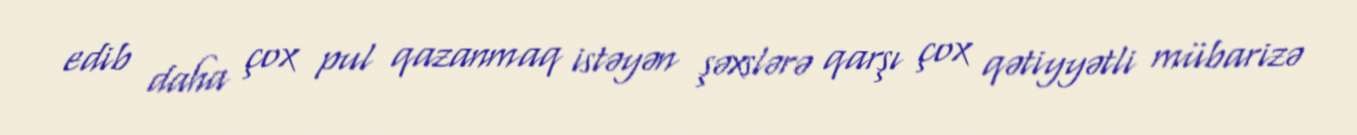
edib daha çox pul qazanmaq istəyən şəxslərə qarşı çox qətiyyətli mübarizə